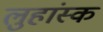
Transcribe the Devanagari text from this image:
लुहांस्क